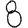
Digit: 8